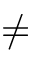
\neq